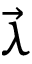
\vec { \lambda }